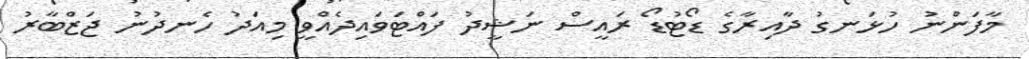
މާފަންނު ހުޅަނގު ދާއިރާގެ ޑޯޓުޑޯ ރައީސް ނަޝީދު ފައްޓަވައިދެއްވީ މިއަދު ހެނދުނު ޖަޒްބާރު